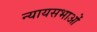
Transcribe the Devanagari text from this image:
न्यायसभाओं